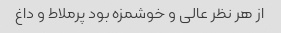
از هر نظر عالی و خوشمزه بود پرملاط و داغ